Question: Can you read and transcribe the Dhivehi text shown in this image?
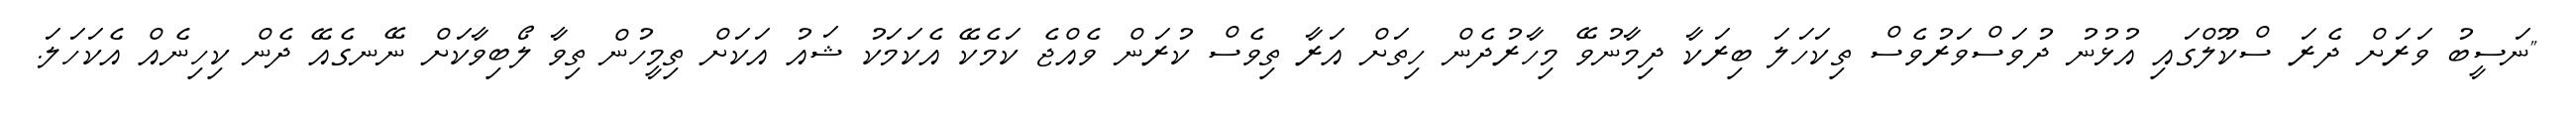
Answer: "ނަސީބު ވަރަށް ދެރަ ސްކޫލްގައި އުޅުނު ދުވަސްވަރުވެސް ތިކަހަލަ ބިރަކާ ދިމާނުވޭ މިހާރުދެން ހިތަށް އަރާ ތިވެސް ކުރަން ވެއްޖެ ކަމެކޭ އެކަމަކު ޝައު އަކަށް ތިމީހުން ތިވާ ލޯބިވާކަށް ނޭނގެއޭ ދެން ކިހިނެއް އެކަހަލަ.